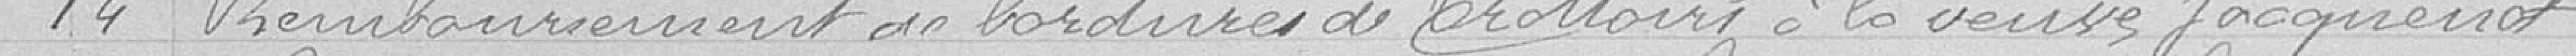
14 Remboursement de bordures de trottoirs à la veuve Jacqueniot